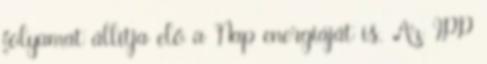
folyamat állítja elő a Nap energiáját is. Az IPP